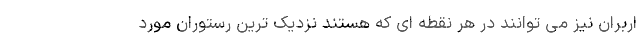
اربران نیز می توانند در هر نقطه ای که هستند نزدیک ترین رستوران مورد